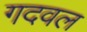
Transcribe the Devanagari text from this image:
गदवल